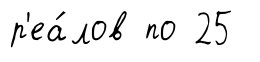
р'еа́лов по 25